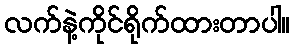
လက်နဲ့ကိုင်ရိုက်ထားတာပါ။